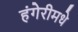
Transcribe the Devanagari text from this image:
हंगेरीमधे